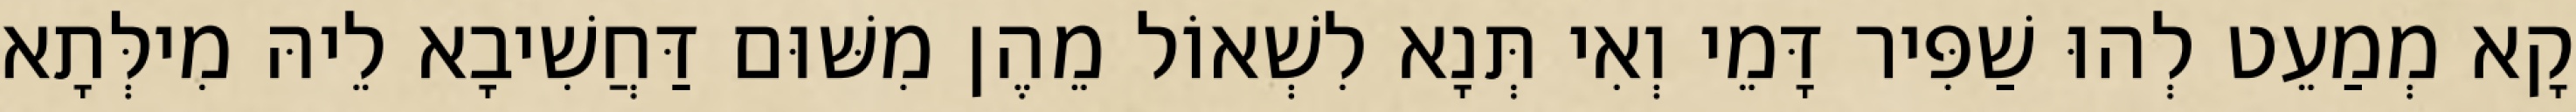
קָא מְמַעֵט לְהוּ שַׁפִּיר דָּמֵי וְאִי תְּנָא לִשְׁאוֹל מֵהֶן מִשּׁוּם דַּחֲשִׁיבָא לֵיהּ מִילְּתָא